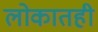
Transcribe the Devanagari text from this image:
लोकातही